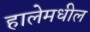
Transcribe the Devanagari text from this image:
हालेमधील